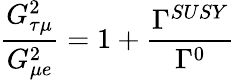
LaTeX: \frac{G_{\tau\mu}^{2}}{G_{\mu e}^{2}}=1+\frac{\Gamma^{SUSY}}{\Gamma^{0}}